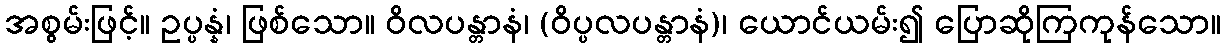
အစွမ်းဖြင့်။ ဥပ္ပန္နံ၊ ဖြစ်သော။ ဝိလပန္တာနံ၊ (ဝိပ္ပလပန္တာနံ)၊ ယောင်ယမ်း၍ ပြောဆိုကြကုန်သော။